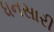
ધનસારી